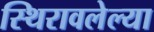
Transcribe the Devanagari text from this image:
स्थिरावलेल्या